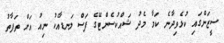
ސީޒަންގައި ކުޅެވިދާނެ ކަމާ މެދު ޝައްކުސެންޓޭގެ ފަސް ލަނޑާއެކު ނިއު އަށް ތަފާތު